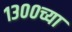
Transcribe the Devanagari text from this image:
१३००च्या